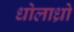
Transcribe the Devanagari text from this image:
धोलाध्रो